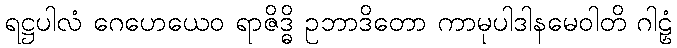
ရဋ္ဌပါလံ ဂေဟေယေဝ ရာဇိဒ္ဓိ ဥဘာဒိတော ကာမုပါဒါနမေဝါတိ ဂါဠှံ